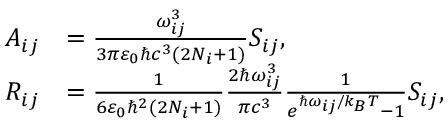
\begin{array} { r l } { A _ { i j } } & { = \frac { \omega _ { i j } ^ { 3 } } { 3 \pi \varepsilon _ { 0 } \hbar c ^ { 3 } ( 2 N _ { i } + 1 ) } S _ { i j } , } \\ { R _ { i j } } & { = \frac { 1 } { 6 \varepsilon _ { 0 } \hbar ^ { 2 } ( 2 N _ { i } + 1 ) } \frac { 2 \hbar \omega _ { i j } ^ { 3 } } { \pi c ^ { 3 } } \frac { 1 } { e ^ { \hbar \omega _ { i j } / k _ { B } T } - 1 } S _ { i j } , } \end{array}